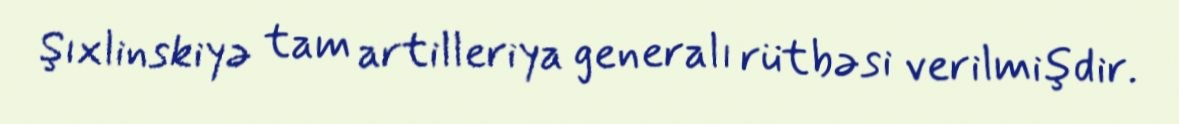
Şıxlinskiyə tam artilleriya generalı rütbəsi verilmişdir.